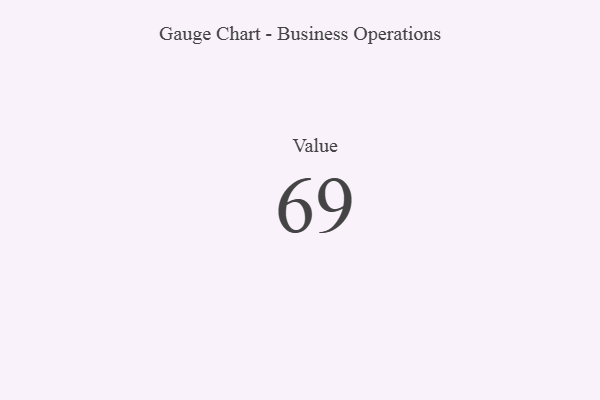
{"axis": {"x": "Metric", "y": "Value"}, "legend": [""], "data": [{"x": "Value", "y": 69, "type": ""}]}